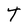
Character: T